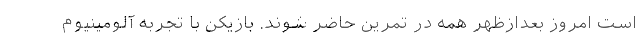
است امروز بعدازظهر همه در تمرین حاضر شوند. بازیکن با تجربه آلومینیوم